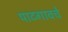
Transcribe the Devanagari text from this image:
पाटगावचे